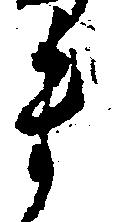
ま